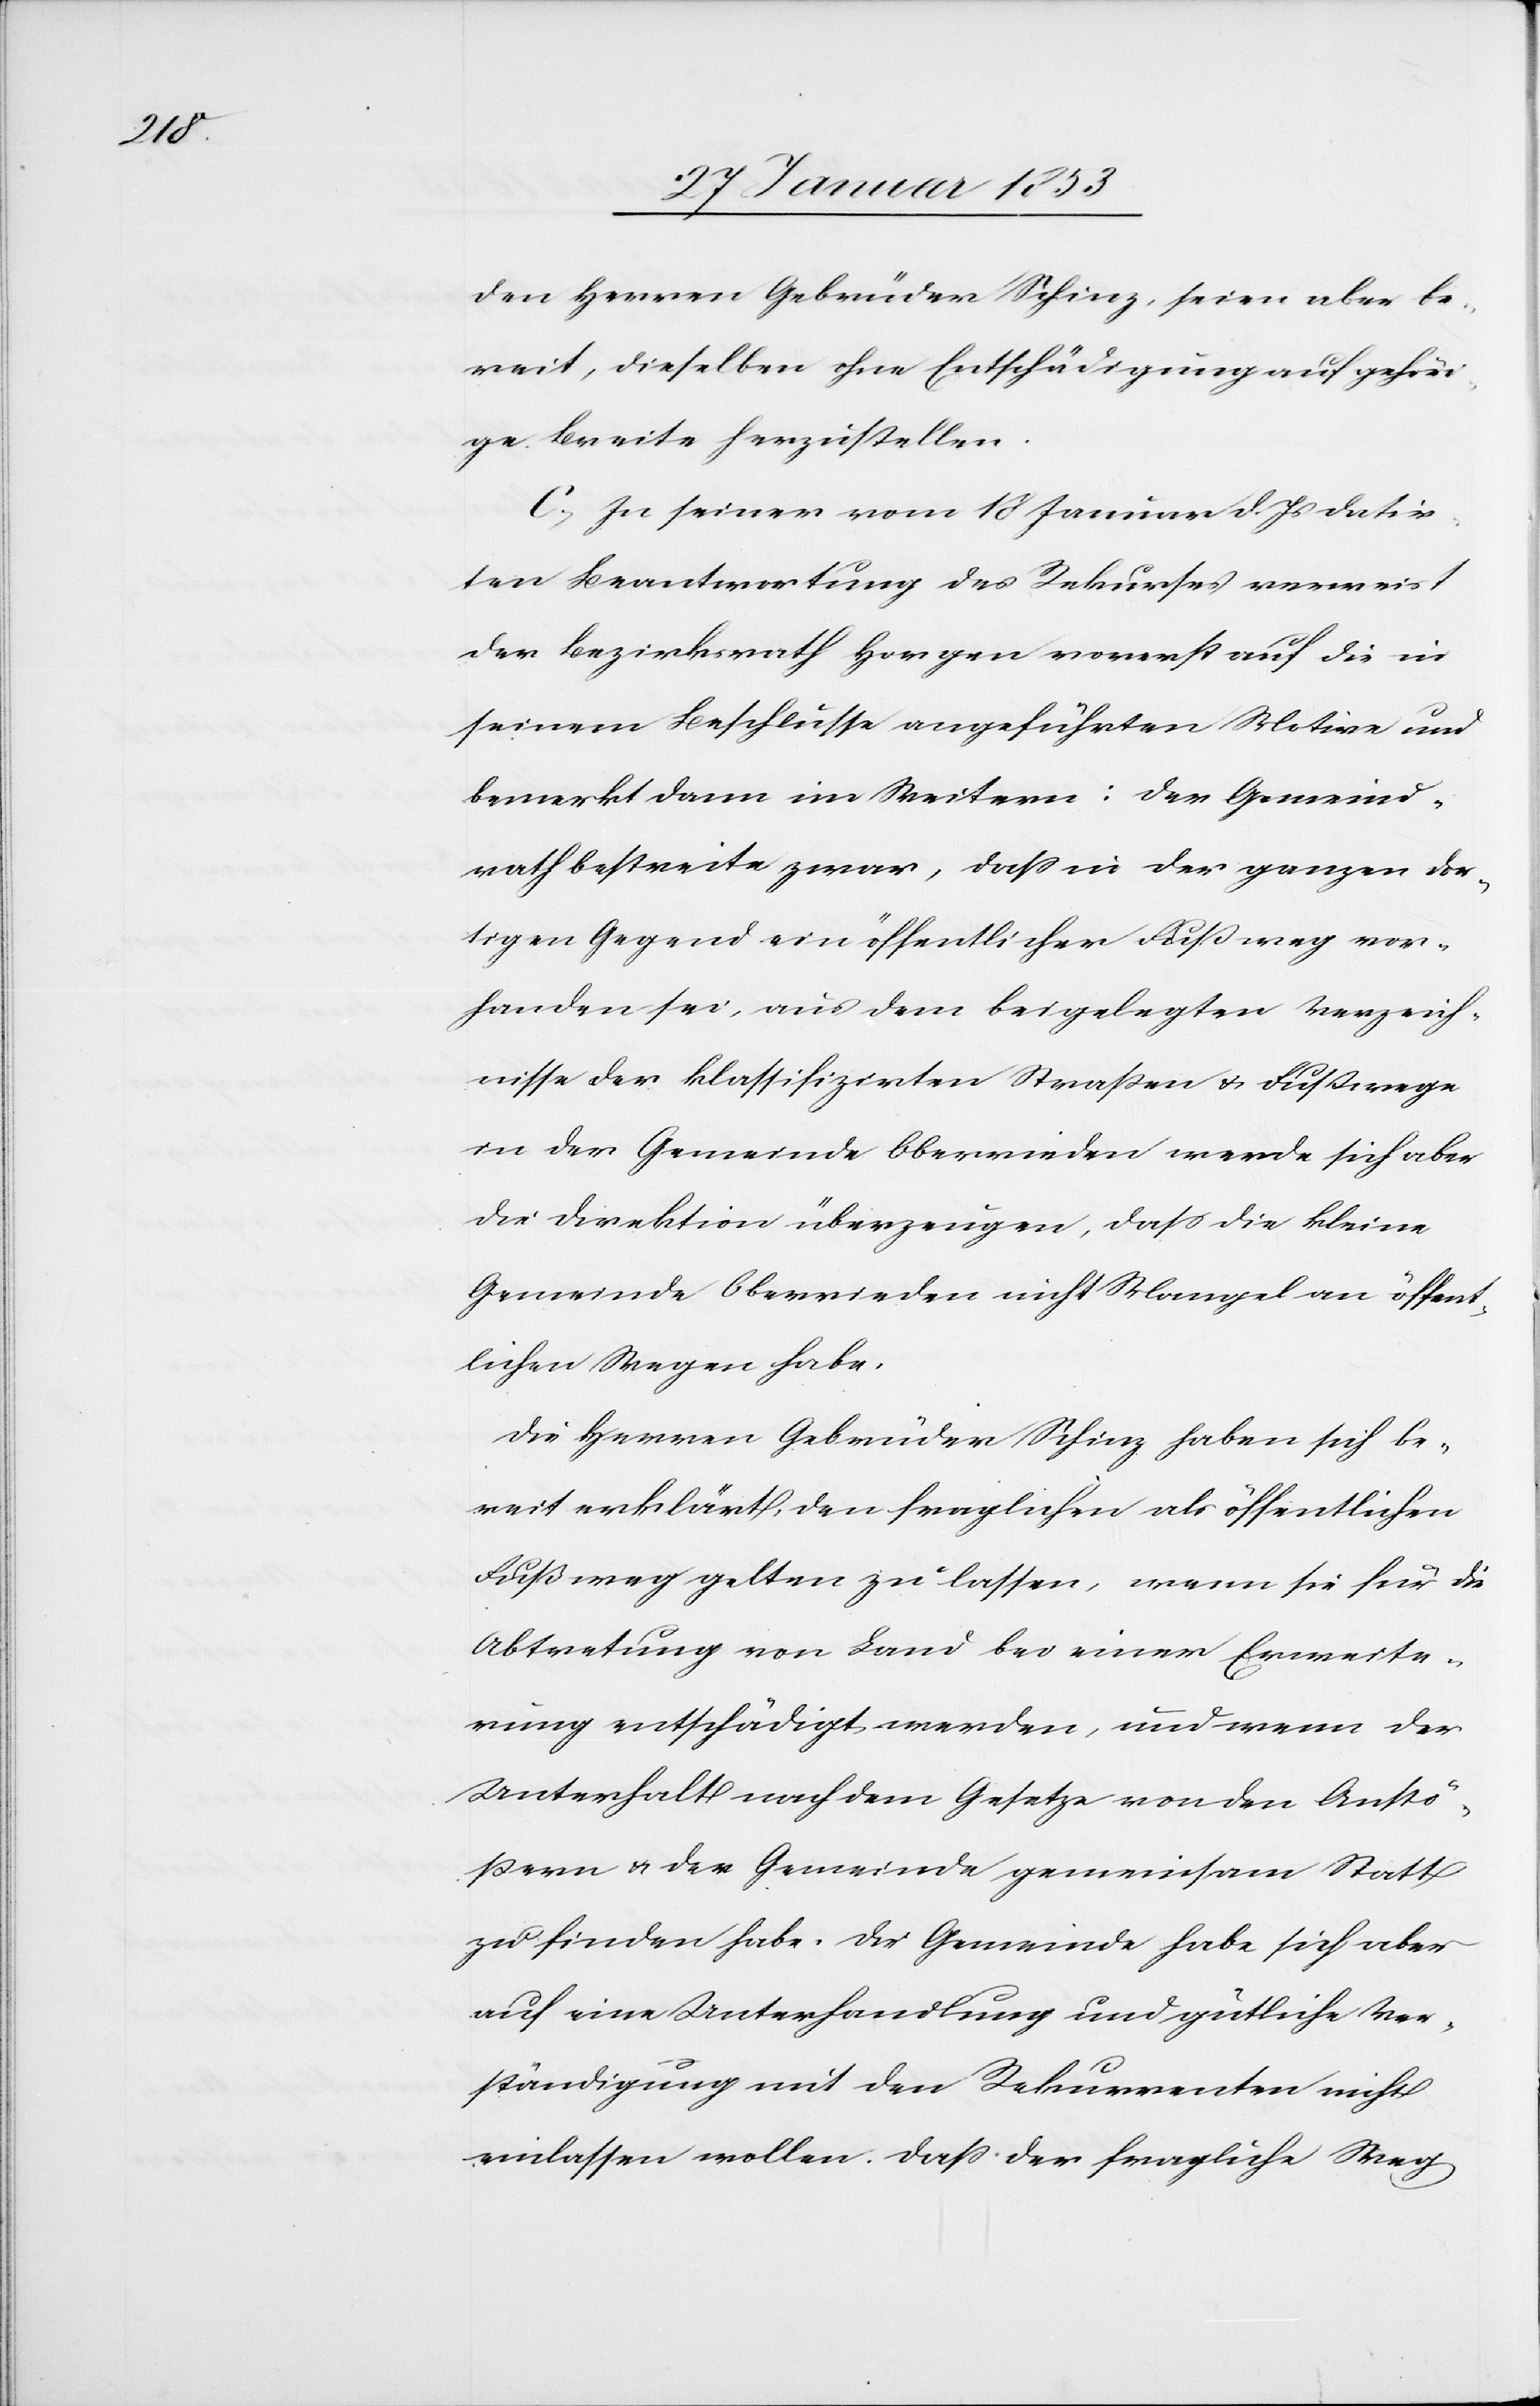
Wei¬

den Herren Gebrüder Schinz, seien aber be¬
reit, dieselben ohne Entschädigung auf gehöri¬
se bereits herzustellen.
D. In seiner vom 18 Januar d. Js. datir¬
ten Beantwortung des Rekurses verweist
der Bezirksrath Horgen vorerst auf die in
seinem Beschlusse angeführten Motive und
bemerkt dann im Weitern: der Gemeind¬
rath bestreite zwar, daß in der ganzen dor¬
tigen Gegend ein öffentlicher Fußweg vor¬
handen sei, aus dem beigelegten Verzeich¬
nisse der klassifizirten Straßen u. Fußwege
in der Gemeinde Oberrieden werde sich aber
die Direktion überzeugen, daß die kleine
Gemeinde Oberrieden nicht Mangel an öffent¬
lichen Wegen habe.
Die Herren Gebrüder Schinz haben sich be¬
reit erklärt, den fraglichen als öffentlichen
Fußweg gelten zu lassen, wenn sie für die
Abtretung von Land bei einer Erweite¬
rung entschädigt werden, und wenn der
Unterhalt nach dem Gesetze von den Anstö¬
ßern u. der Gemeinde gemeinsam Statt
zu finden habe. Die Gemeinde habe sich aber
auf eine Unterhandlung und gütliche Ver¬
ständigung mit den Rekurrenten nicht
einlassen wollen. Daß der fragliche Weg